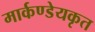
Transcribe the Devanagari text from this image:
मार्कण्डेयकृत